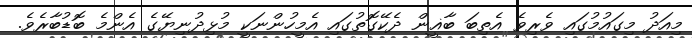
މިއަދު މިގައުމުގައި ވެރިވެ އެތިބަ ބާޣީން ދެކޭގޮތުގައި އެމީހުންނަކީ މުޅިދުނިޔޭގެ އެންމެ ބޮޑުބާރެވެ.